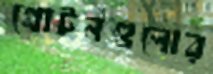
প্রোটনগুলোর